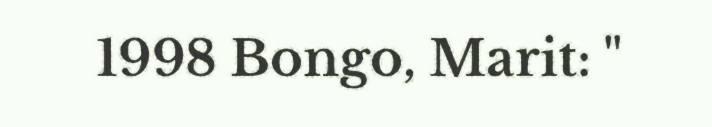
1998 Bongo, Marit: "